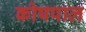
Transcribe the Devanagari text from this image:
कोषपाल